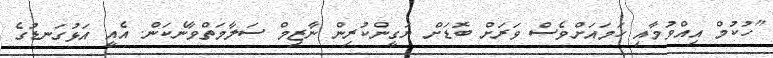
"ހުކުމް އިއްވުމާއި ހަމައަށްވެސް ވަރަށް ބޮޑަށް ޔަގީންކުރިން ނާޒިމް ސަލާމަތްވާނެކަން. އެއީ އަޅުގަނޑުގެ